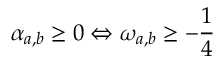
\alpha _ { a , b } \geq 0 \Leftrightarrow \omega _ { a , b } \geq - \frac { 1 } { 4 }